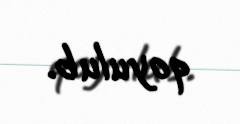
qoyulub.